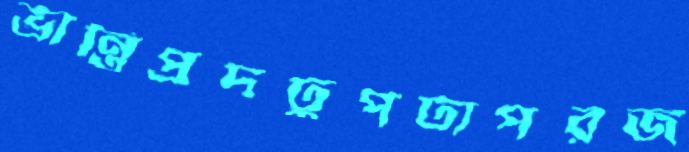
ভ্রান্তিপ্রদঢুপঢাপরজ